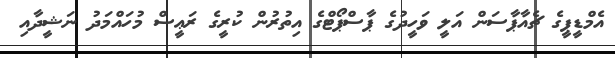
އެމްޑީޕީގެ ޗެއާޕާސަން އަލީ ވަހީދުގެ ޕާސްޕޯޓްގެ އިތުރުން ކުރީގެ ރަޢީސް މުހައްމަދު ނަޝީދާއި